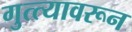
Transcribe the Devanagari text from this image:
गुत्त्यावरून